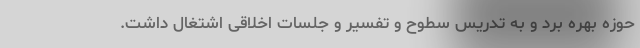
حوزه بهره برد و به تدریس سطوح و تفسیر و جلسات اخلاقی اشتغال داشت.